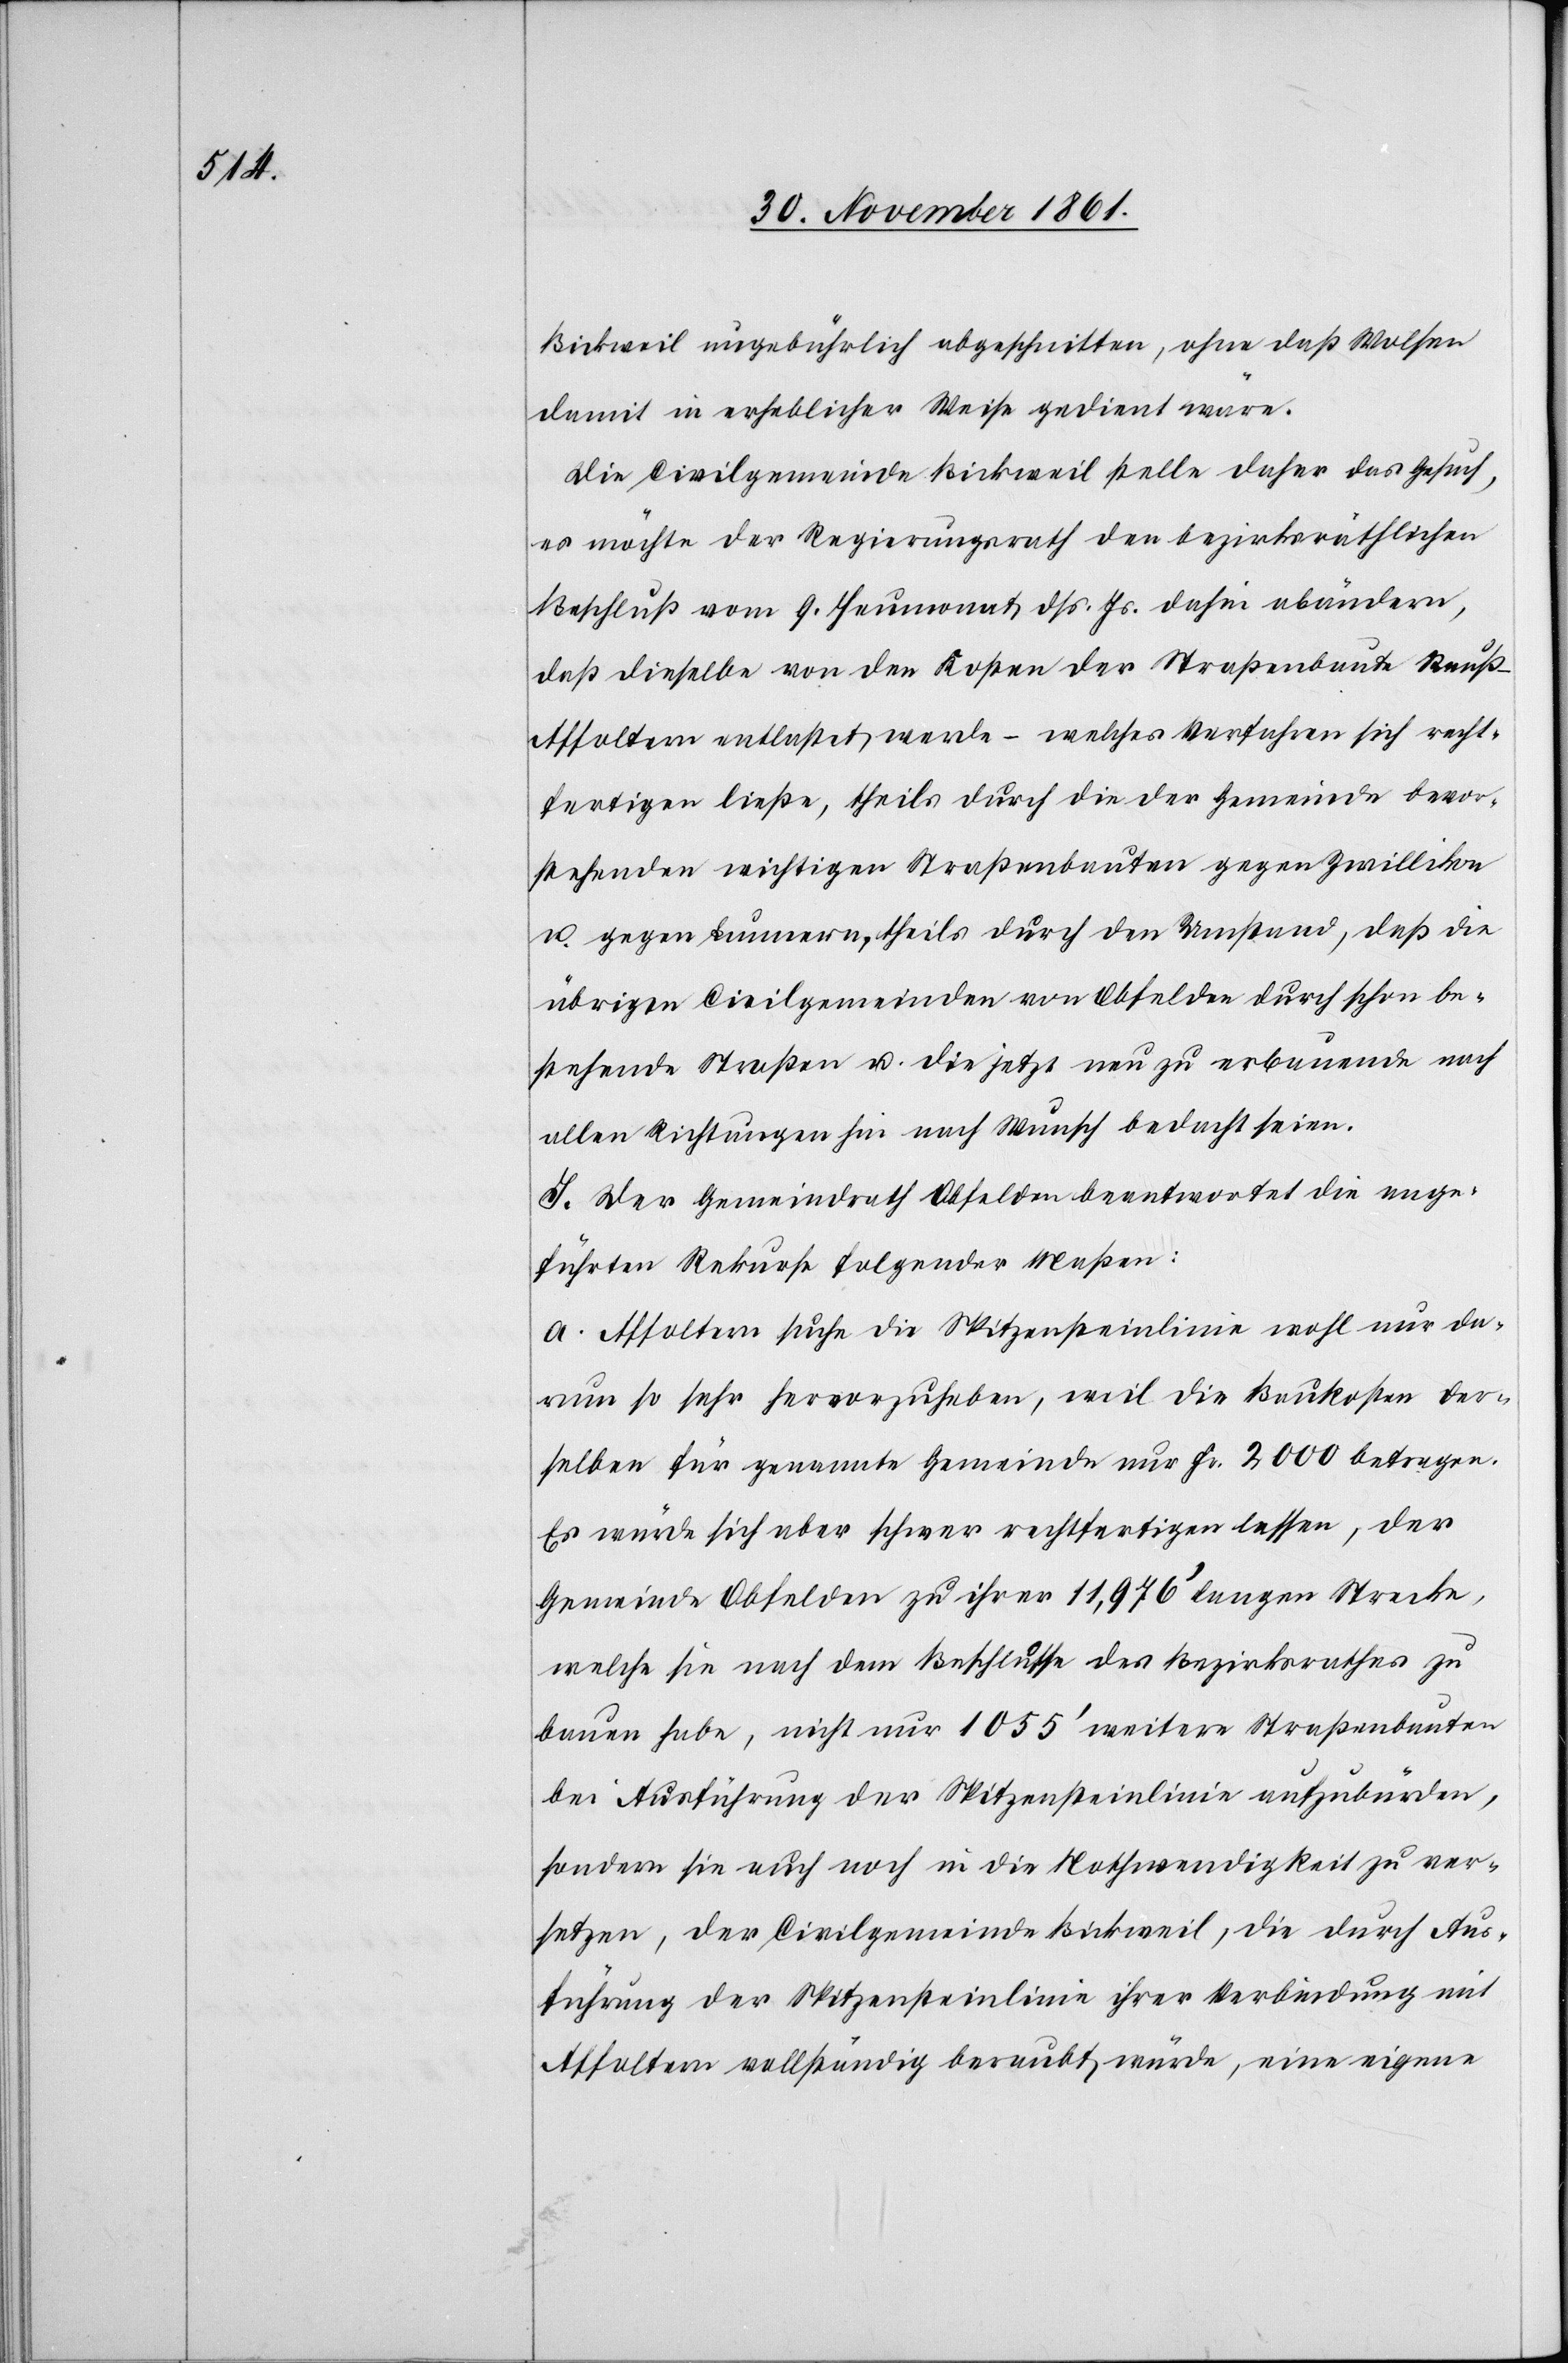
Bickweil ungebührlich abgeschnitten, ohne daß Wolsen
damit in erheblicher Weise gedient wäre.[“]
Die Civilgemeinde Bickweil stelle daher das Gesuch,
es möchte der Regierungsrath den bezirksräthlichen
Beschluß vom 9 Heumonat dß. Js. dahin abändern,
daß dieselbe von den Kosten der Straßenbaute Reuß-A¬
ffoltern entlastet werde – welches Verfahren sich recht¬
fertigen ließe, theils durch die der Gemeinde bevor¬
stehenden wichtigen Straßenbauten gegen Zwillikon
u. gegen Lunnern, theils durch den Umstand, daß die
übrigen Civilgemeinden von Obfelden durch schon be¬
stehende Straßen u. die jetzt neu zu erbauende nach
allen Richtungen hin nach Wunsch bedacht seien.
J. Der Gemeindrath Obfelden beantwortet die nachge¬
führten Rekurse folgender Maßen:
a. Affoltern suche die Spitzensteinlinie wohl nur da¬
rum so sehr hervorzuheben, weil die Baukosten der¬
selben für genannte Gemeinde nur Fr. 2000 betragen.
Es würde sich aber schwer rechtfertigen lassen, der
Gemeinde Obfelden zu ihrer 11,976’ langen Strecke,
welche sie nach dem Beschlusse des Bezirksrathes zu
bauen habe, nicht nur 1055’ weitere Straßenbauten
bei Ausführung der Spitzensteinlinie aufzubürden,
sondern sie auch noch in die Nothwendigkeit zu ver¬
setzen, der Civilgemeinde Bickweil, die durch Aus¬
führung der Spitzensteinlinie ihrer Verbindung mit
Affoltern vollständig beraubt würde, eine eigene